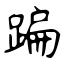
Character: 蹁